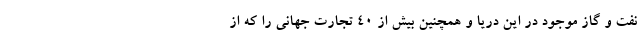
نفت و گاز موجود در این دریا و همچنین بیش از ۴۰ تجارت جهانی را که از